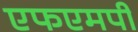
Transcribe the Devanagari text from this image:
एफएमपी